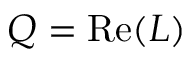
Q = { \mathrm { R e } } ( L )